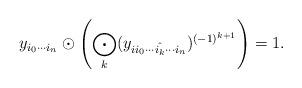
LaTeX: \begin{align*}y_{i_0\cdots i_n} \odot \left(\bigodot_k (y_{ii_0\cdots\hat{i_k}\cdots i_n})^{(-1)^{k+1}}\right)=1.\end{align*}